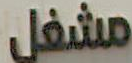
مشغل